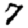
Digit: 7